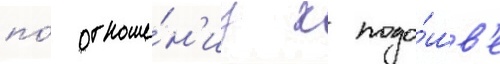
по́ отноше́н'иу к подо́шв'е